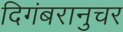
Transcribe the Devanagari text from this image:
दिगंबरानुचर